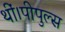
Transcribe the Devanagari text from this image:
थीं।पीपुल्स